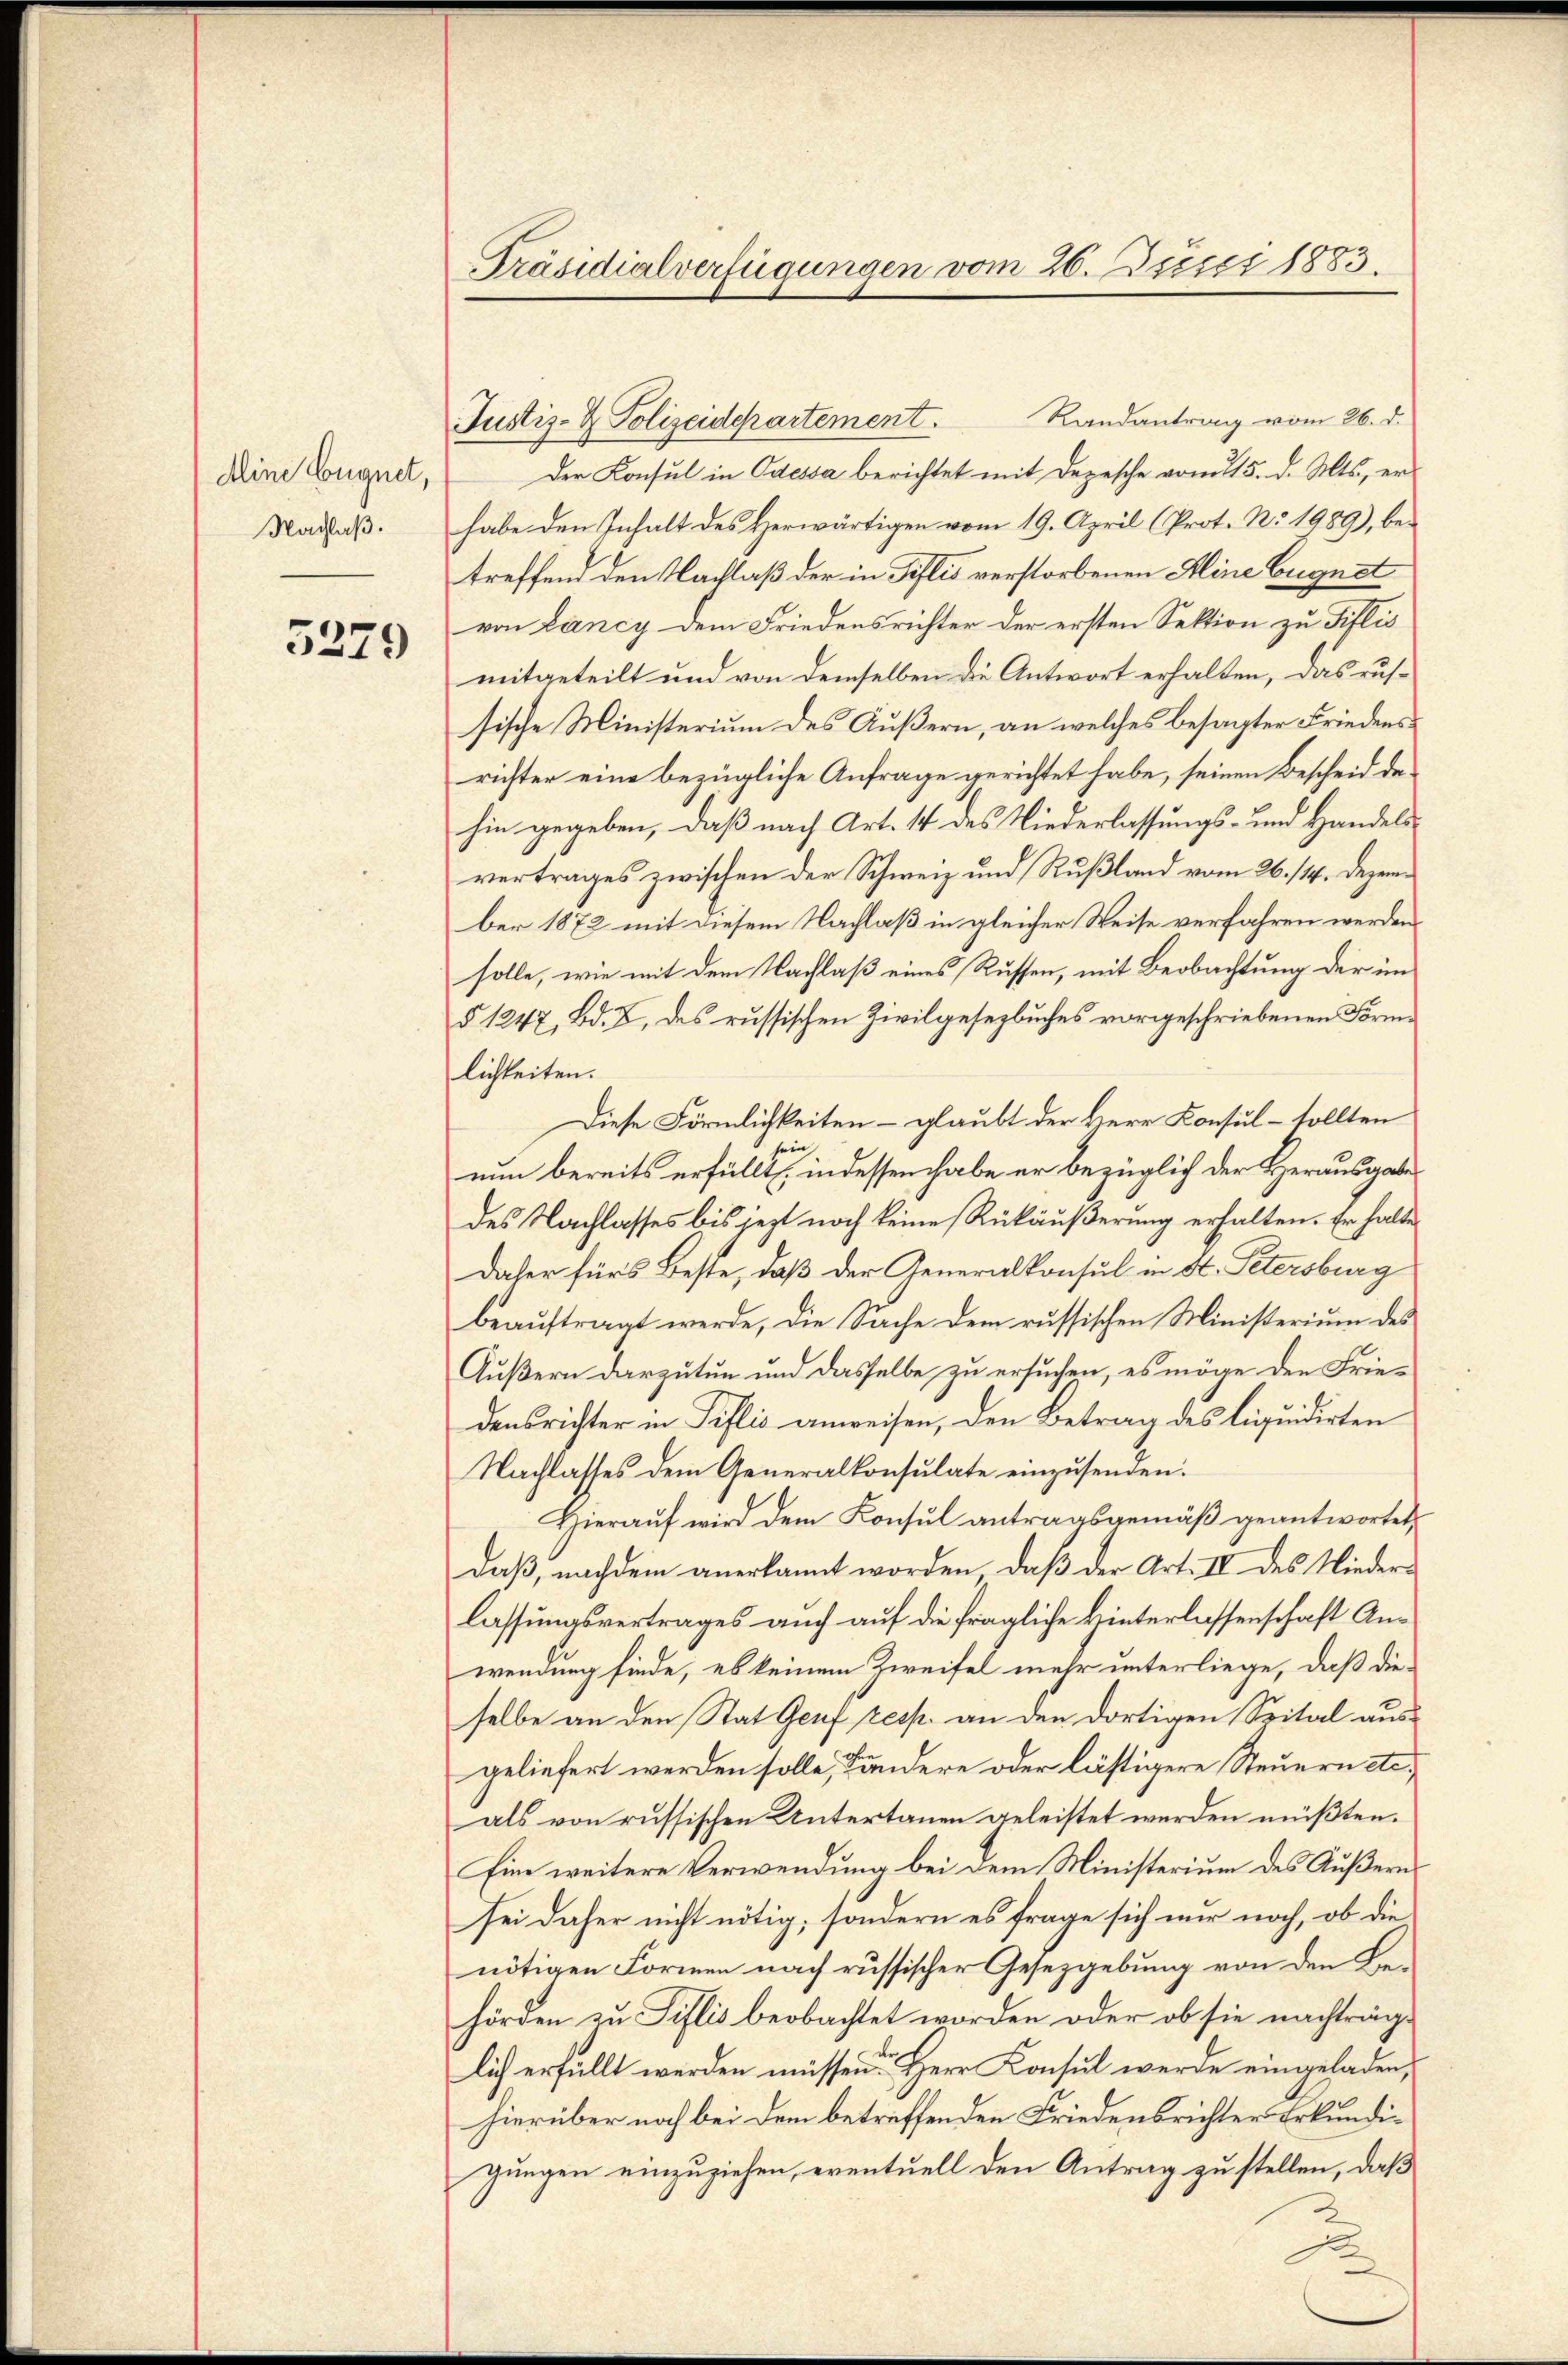
Aline Eugnet,
Nachlaß.

5279

Präsidialverfügungen vom 26. Juni 1883.

Der Konsul in Odessa berichtet mit Depesche vom 15. d. Mts., er
habe den Inhalt des Herwärtigen vom 19. April (Prot. No. 1989), betreffend den Nachlaß der in Tillis verstorbenen Mine Eugnet
von Lancy dem Friedensrichter der ersten Sektion zu Tillis
mitgeteilt und von demselben die Antwort erhalten, das russische Ministerium des Äußern, an welches besagter Friedensrichter eine bezügliche Anfrage gerichtet habe, seinen Bescheid dehin gegeben, daß nach Art. 14 des Niederlassungs- und Handels-
vertrages zwischen der Schweiz und Rußland vom 26./14. Dezember 1872 mit diesem Nachlaß in gleicher Weise verfahren werden.
solle, wie mit dem Nachlaß eines Rüssen, mit Beobachtung der im
§ 1247, Bd. B. des russischen Zivilgesetzbuches vorgeschriebenen Forme
lichkeiten.
Diese Förmlichkeiten – glaubt der Herr Konsul- sollten
in
nun bereits erfüllt, indessen habe er bezüglich der Herausgabe
des Nachlasses bis jezt noch keine Rükäußerung erhalten. Er halte
daher für’s Beste, daß der Generalkonsul in St. Petersburg
beauftragt werde, die Sache dem russischen Ministerium des
Äußern darzutun und dasselbe zu ersuchen, es möge den Friedensrichter in Pislis anweisen, den Betrag des liquidirten
Nachlasses dem Generalkonsulate einzusenden.
Hierauf wird dem Konsul antragsgemäß geantwortet,
daß, nachdem anerkannt worden, daβ der Art. IV. des Niederlassungsvertrages auch auf die fragliche Hinterlassenschaft Anwendung finde, es keinem Zweifel mehr unterliege, daß die-
selbe an den Stat Genf resp. an den dortigen Spital ausgeliefert werden solle, Sändere oder lästigere Steuern etc.
als von russischen Untertanen geleistet werden müßten.
Eine weitere Verwendung bei dem Ministerium des Äußern
sei daher nicht nötig, sondern es frage sich nur noch, ob die
nötigen Formen nach russischer Gesetzgebung von den Behörden zu Siflis beobachtet worden oder ob sie nachträglich erfüllt werden müssen. Herr Konsul werde eingeladen,
hierüber noch bei dem betreffenden Friedensrichter Erkundigungen einzuziehen, eventuell den Antrag zu stellen, daß
A

Justiz- & Polizeidepartement. Randantrag vom 26. d.